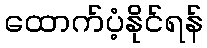
ထောက်ပံ့နိုင်ရန်